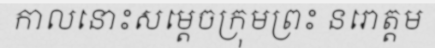
កាលនោះសម្តេចក្រុមព្រះ នរោត្តម